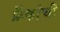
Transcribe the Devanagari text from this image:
फ्रँकोची